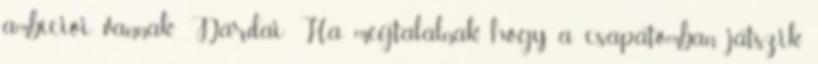
ambíciói vannak.” Dárdai: Ha megtalálnak, hogy a csapatomban játszik